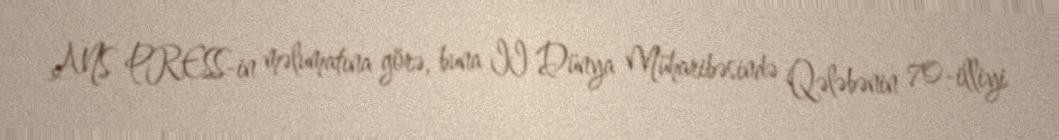
ANS PRESS-in məlumatına görə, buna II Dünya Müharibəsində Qələbənin 70-illiyi